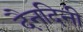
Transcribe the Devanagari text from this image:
दैनदिनी